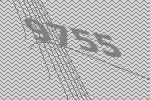
9755